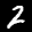
Label: 2